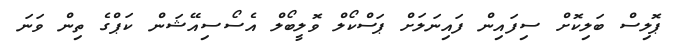
ޕޮލިސް ބަލިކޮށް ސިފައިން ފައިނަލަށް ޕަސްކޯލް ވޮލީބޯލް އެސޯސިއޭޝަން ކަޕްގެ ތިން ވަނަ